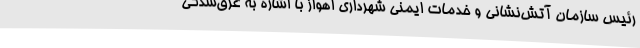
رئیس سازمان آتش‌نشانی و خدمات ایمنی شهرداری اهواز با اشاره به غرق‌شدگی